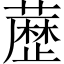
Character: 𮒃